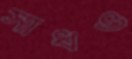
সাধও